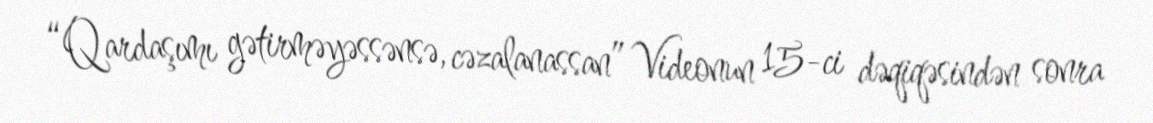
“Qardaşımı gətirməyəssənsə, cəzalanassan” Videonun 15-ci dəqiqəsindən sonra